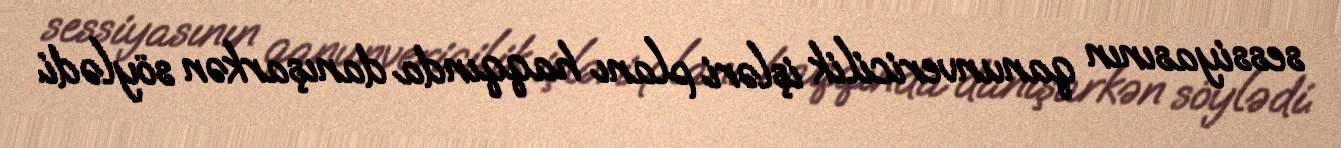
sessiyasının qanunvericilik işləri planı haqqında danışarkən söylədi.